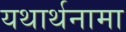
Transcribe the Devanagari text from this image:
यथार्थनामा